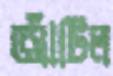
আঁটিল